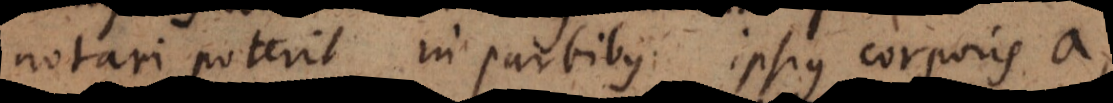
notari poterit in partibus ipsius corporis a,